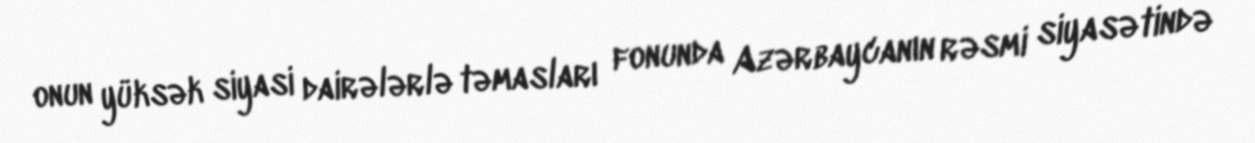
onun yüksək siyasi dairələrlə təmasları fonunda Azərbaycanın rəsmi siyasətində